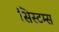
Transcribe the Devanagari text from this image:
सिस्‍टम्स